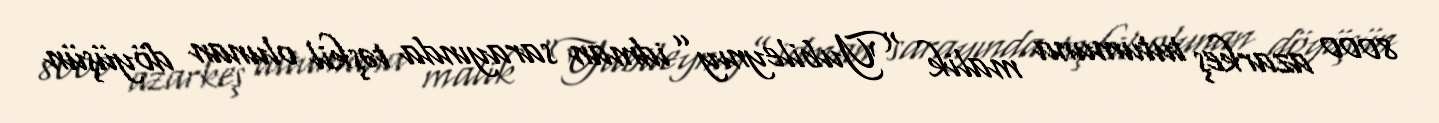
8000 azarkeş tutumuna malik “Yubileynıy” idman sarayında təşkil olunan döyüşün